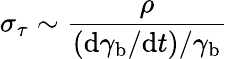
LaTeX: \sigma_{\tau}\sim\frac{\rho}{(\mathrm{d}\gamma_{\mathrm{b}}/\mathrm{d}t)/\gamma_{\mathrm{b}}}